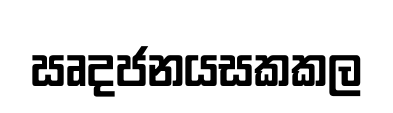
ඍදජනයසකකල